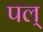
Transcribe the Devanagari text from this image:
पल्